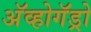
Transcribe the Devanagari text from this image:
अॅव्होगॅड्रो